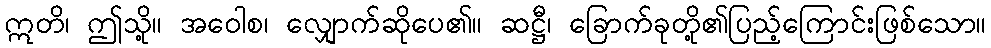
ဣတိ၊ ဤသို့။ အဝေါစ၊ လျှောက်ဆိုပေ၏။ ဆဋ္ဌီ၊ ခြောက်ခုတို့၏ပြည့်ကြောင်းဖြစ်သော။